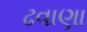
ઢવાણા